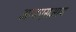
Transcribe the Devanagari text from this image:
आयएसआय